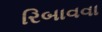
રિબાવવા